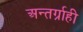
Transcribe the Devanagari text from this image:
अन्तर्ग्राही